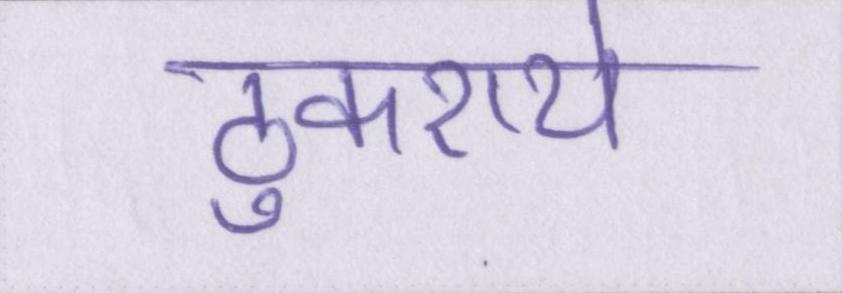
ठुकराये